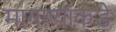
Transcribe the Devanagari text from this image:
मागण्यांकडे